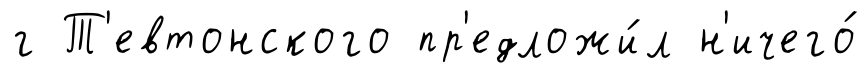
г Т'евтонского пр'едложи́л н'ичего́